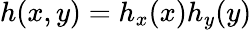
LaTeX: h(x,y)=h_{x}(x)h_{y}(y)